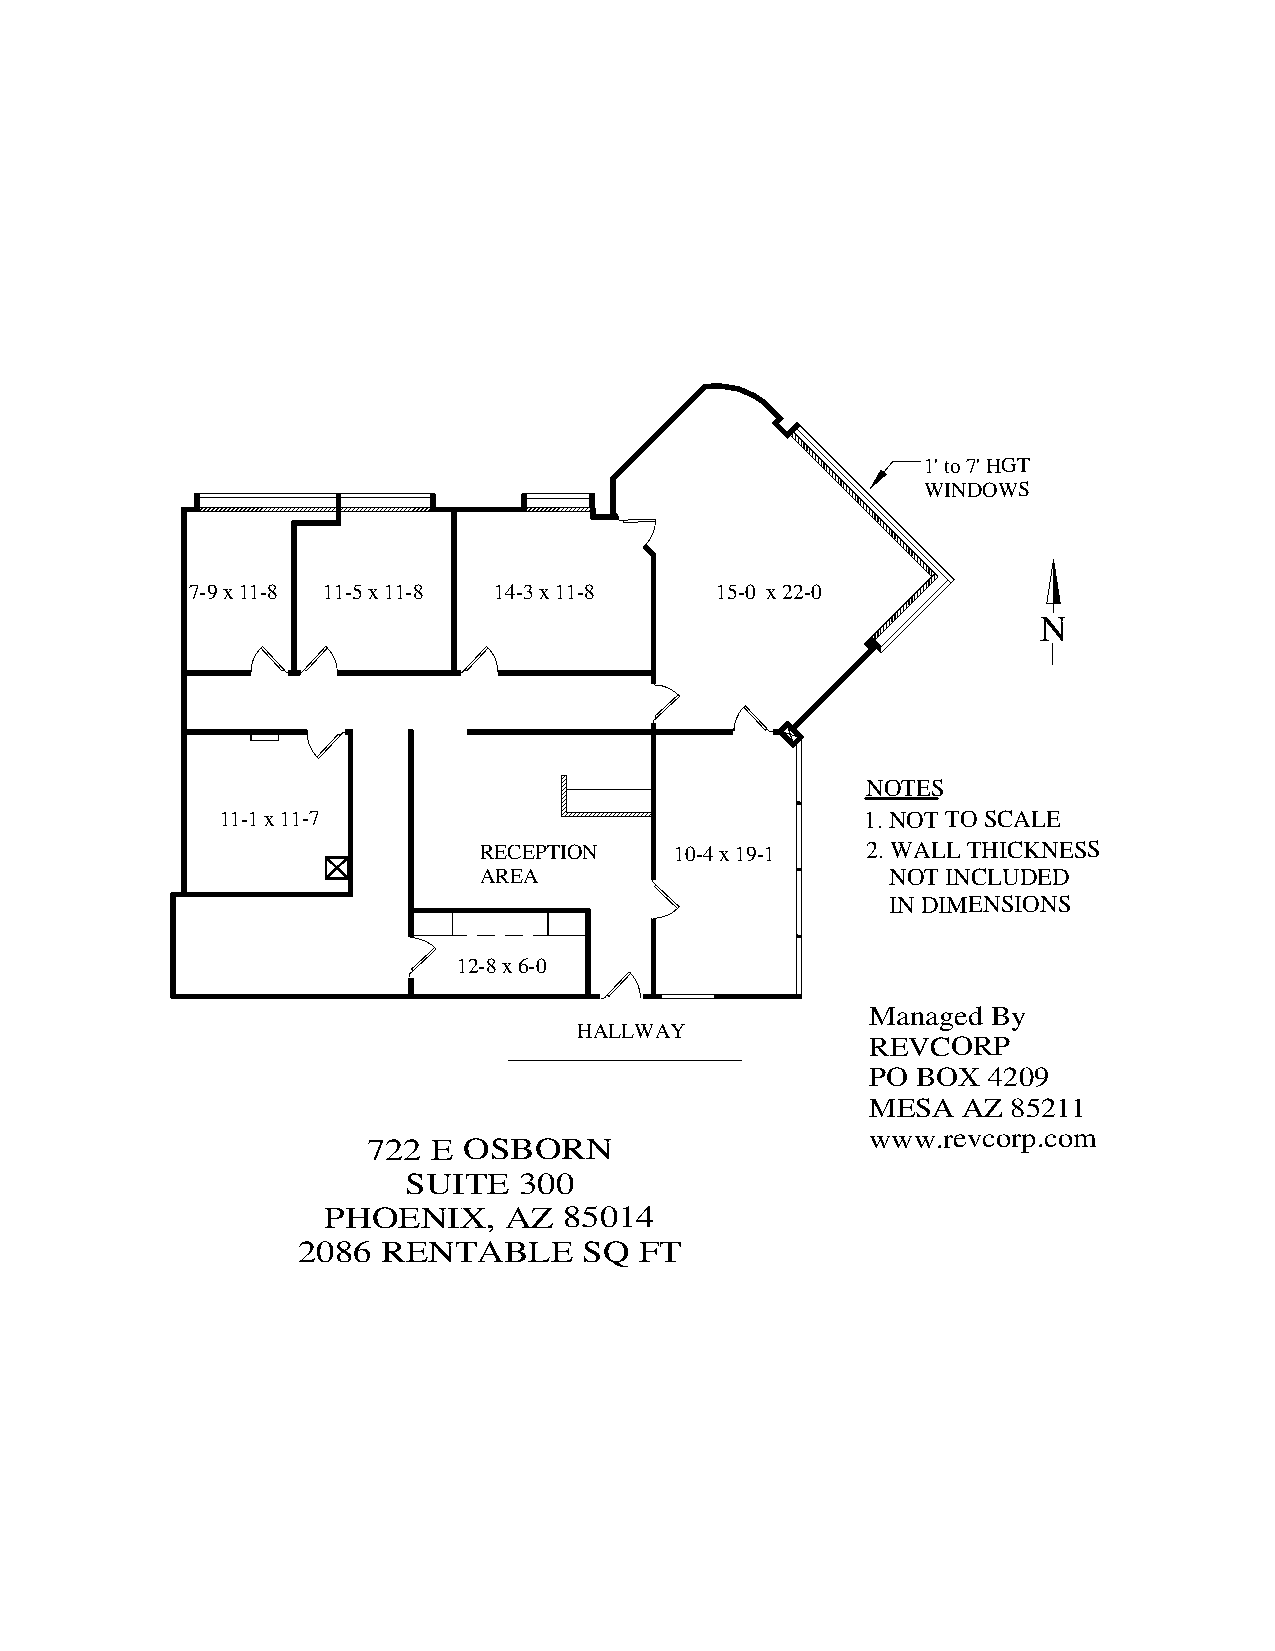
1' to 7' HGT
 WINDOWS
 7-9 x 11-8 11-5 x 11-8 14-3 x 11-8 15-0 x 22-0
 N
 NOTES
 11-1 x 11-7                               1. NOT TO SCALE
 RECEPTION    10-4 x 19-1 2. WALL THICKNESS
 AREA                       NOT INCLUDED
 IN DIMENSIONS
 12-8 x 6-0
 Managed By
 HALLWAY
 REVCORP
 PO BOX 4209
 MESA  AZ 85211
 www.revcorp.com
 722  E OSBORN
 SUITE  300
 PHOENIX,    AZ  85014
 2086 RENTABLE      SQ FT